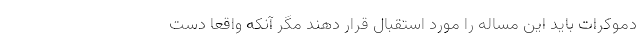
دموکرات باید این مساله را مورد استقبال قرار دهند مگر آنکه واقعا دست